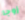
زوجا